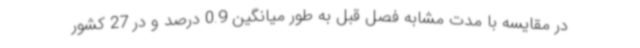
در مقایسه با مدت مشابه فصل قبل به طور میانگین 0.9 درصد و در 27 کشور